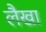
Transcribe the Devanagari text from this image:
लैखा